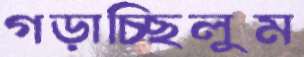
গড়াচ্ছিলুম